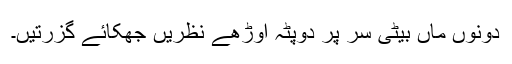
دونوں ماں بیٹی سر پر دوپٹہ اوڑھے نظریں جھکائے گزرتیں۔